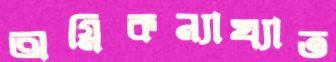
অগ্নিকন্যাখ্যাত